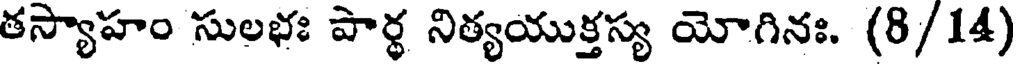
తస్యాహం సులభః పార్థ నిత్యయుక్తస్య యోగినః. (8/14)